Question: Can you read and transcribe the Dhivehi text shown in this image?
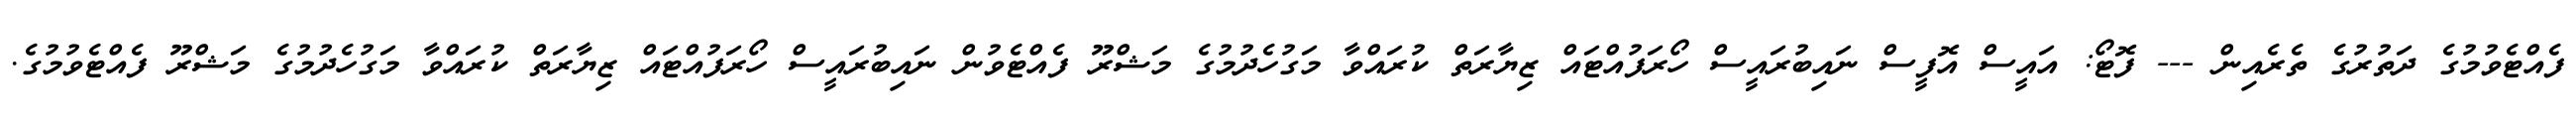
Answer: ފެއްޓެވުމުގެ ދަތުރުގެ ތެރެއިން --- ފޮޓޯ: އައީސް އޮފީސް ނައިބުރައީސް ހޯރަފުއްޓައް ޒިޔާރަތް ކުރައްވާ މަގުހެދުމުގެ މަޝްރޫ ފެއްޓެވުން ނައިބުރައީސް ހޯރަފުއްޓައް ޒިޔާރަތް ކުރައްވާ މަގުހެދުމުގެ މަޝްރޫ ފެއްޓެވުމުގެ.